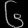
Digit: ၆